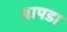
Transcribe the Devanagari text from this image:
बापडा